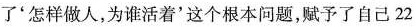
了'怎样做人,为谁活着’这个根本问题，赋予了自己22